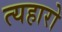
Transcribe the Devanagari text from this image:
त्यहारो